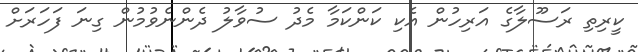
ކީރިތި ރަސޫލާގެ އަރިހުން އެކި ކަންކަމާ މެދު ސުވާލު ދެންނެވުމުން ގިނަ ފަހަރަށް